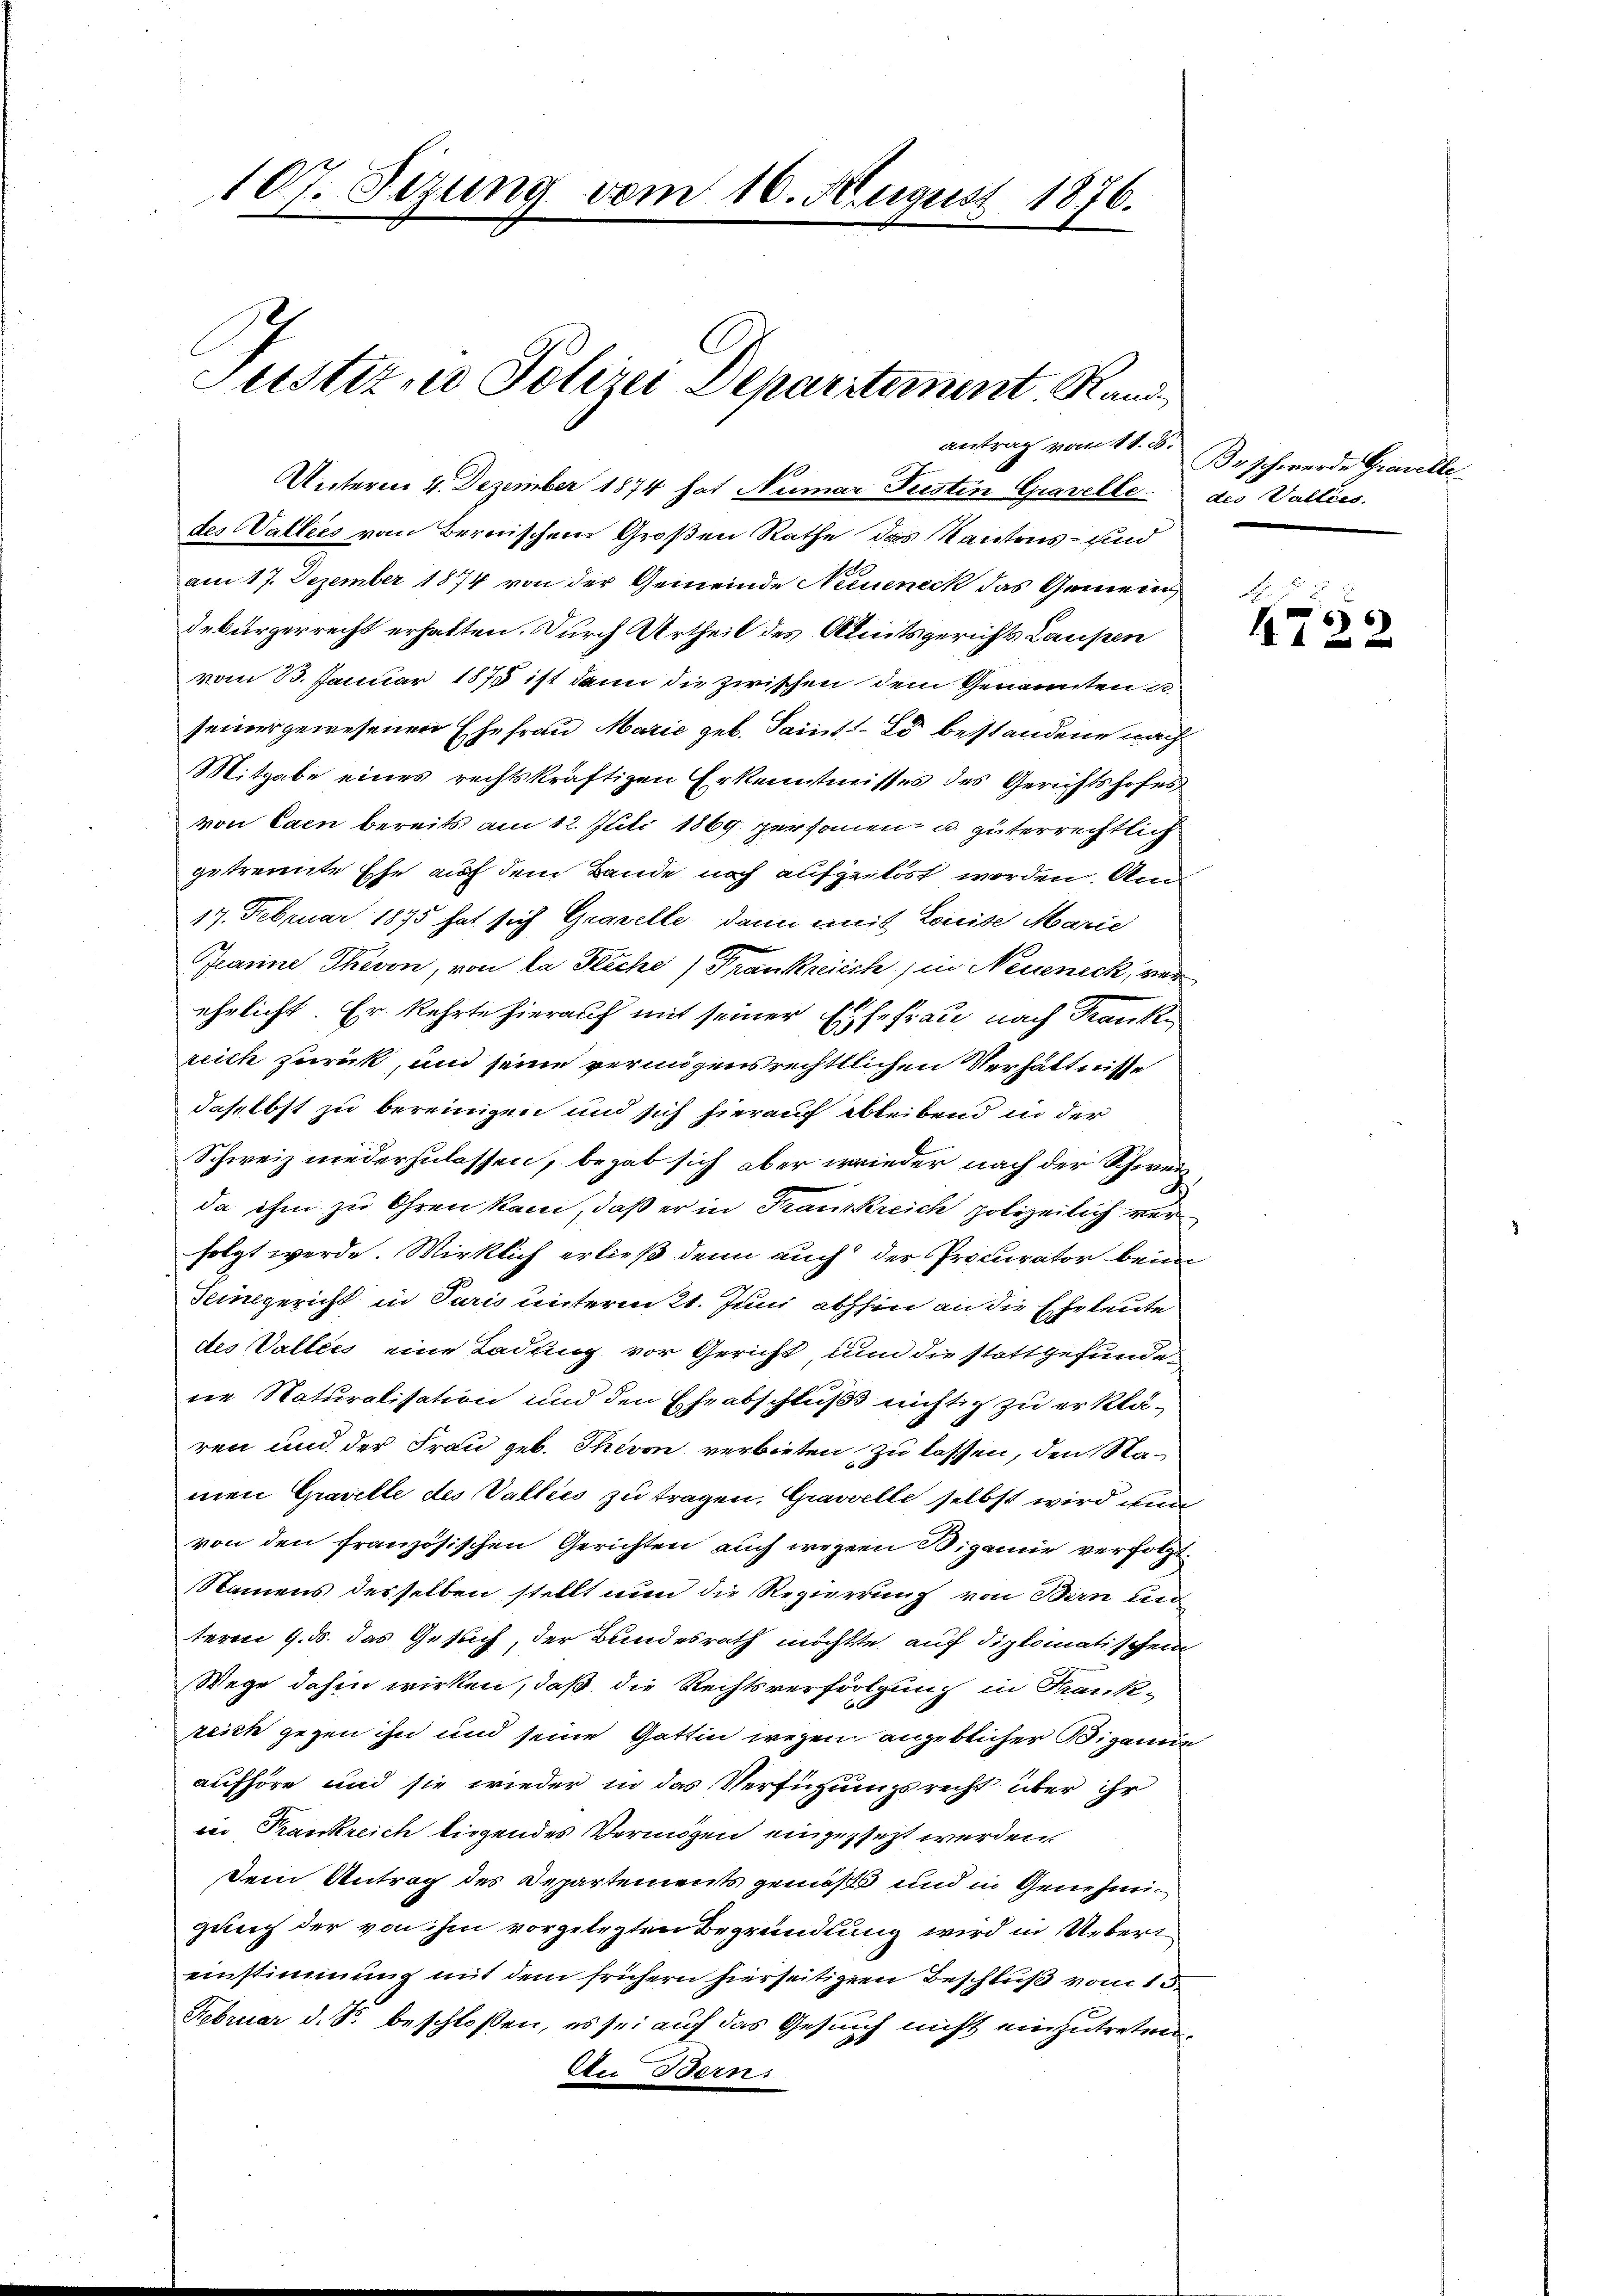
107. Sizung vom 16. August 1876.
Justizio Polizei Deparitement, Rand

antrag vom 11. d.

Unterm 4. Dezember 1874 hat Numar Fristin Gravelle des Walliés.
des Valliés vom Bernischen Großen Rathe das Kantons- und
am 17. Dezember 1874 von der Gemeinde Neueneck das Gemeindebürgerrecht erhalten. Durch Urtheil des Amtsgerichts Laupen
vom 23. Januar 1875 ist dann die zwischen dem Genannten u.
seiner gewesenen Ehefrau Marie geb. Saint. Es bestandene nach
Mitgabe eines rechtskräftigen Erkenntnisses des Gerichtshofes
von Caen bereits am 12. Juli 1869 personen- u. güterrechtlich
getrennte Ehe auf dem Bande noch aufgelöst worden. Am
17. Februar 1875 hat sich Gravelle, dann mit Louise Marie
Jeanne Thevon, von la Fläche) Frankreisch) in Neueneck, ver
ehelicht. Er kehrte hierauf mit seiner Ehefrau nach Kranke
reich zurück, und seine vermögensrechtlichen Verhältnisse
daselbst zu bereinigen und sich hierauf bleibend in der
Schweiz niederzulassen, begab sich aber wieder nach der Schweida ihm zu Ohren kam, daß er in Frankreich polizeilich ver
folgt werde. Wirklich erließ denn auch der Procurator beim
Teilgericht in Paris unterm 21. Juni abschen an die Eheleute
des Vallées eine Ladung vor Gericht, um die stattgefundene Naturalisation und den Eheabschluß nichtig zu erklären und der Frau geb. Thiven verbieten zu lassen, den Namen Graville des Valliés zu tragen. Gravvelle selbst wird wur
von den französischen Gerichten auch wegen Rigainie verfolgt.
Namens desselben stellt nun die Regierung von Bern un
term 9. ds. das Gesuch, der Bundesrath möchtete auf diplomatischen
Wege dahin wirken, daß die Rechtsverfolgung in Krankzeich gegen ihn und seine Gattin wegen engeblicher Bigamie
aufhöre und sie wieder in das Verfügungsrecht über ihr
ii Trankreich liegendes Vermögen eingesezt werden.
Dem Antrag des Departements gemäß und in Genehmigung der von ihm vorgelegten Begründung wird in Ueberi
einstimmung mit dem frühern hierseitigen Beschluß vom 1.
Februar d. So beschloßen, es sei auf das Gesuch nicht einzutreten,
An Berns

Br schwerde Gravelle

S.
6
4 f 2 x